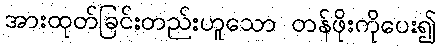
အားထုတ်ခြင်းတည်းဟူသော တန်ဖိုးကိုပေး၍